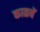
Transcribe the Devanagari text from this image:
काळचें